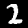
Digit: 2